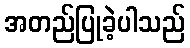
အတည်ပြုခဲ့ပါသည်